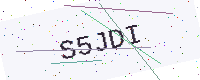
Text: S5JDI